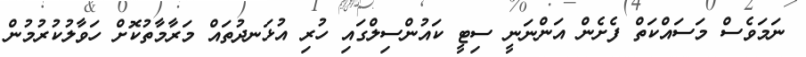
ނަމަވެސް މަސައްކަތް ފެށެން އަންނަނީ ސިޓީ ކައުންސިލްގައި ހުރި އުޅަނދުތައް މަރާމާތުކޮށް ހަވާލުކުރުމުން